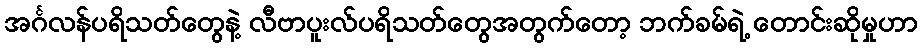
အင်္ဂလန်ပရိသတ်တွေနဲ့ လီဗာပူးလ်ပရိသတ်တွေအတွက်တော့ ဘက်ခမ်ရဲ့ တောင်းဆိုမှုဟာ